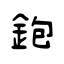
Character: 鉋